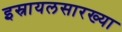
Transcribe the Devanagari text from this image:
इस्रायलसारख्या